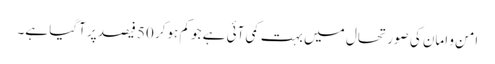
امن و امان کی صورتحال میں بہت کمی آئی ہے جو کم ہوکر 50 فیصد پر آگیا ہے۔